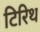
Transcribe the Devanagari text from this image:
टिरिथ